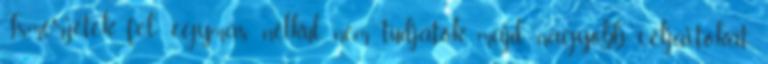
Ismerjétek fel: egymás nélkül nem tudjátok majd nagyobb céljaitokat